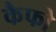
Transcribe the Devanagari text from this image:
कैफो